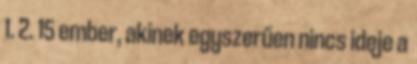
1. 2. 15 ember, akinek egyszerűen nincs ideje a